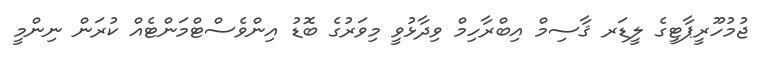
ޖުމުހޫރީޕާޓީގެ ލީޑަރ ޤާސިމް އިބްރާހިމް ވިދާޅުވީ މިވަރުގެ ބޮޑު އިންވެސްޓްމަންޓެއް ކުރަން ނިންމީ